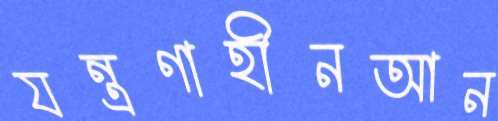
যন্ত্রণাহীনআন